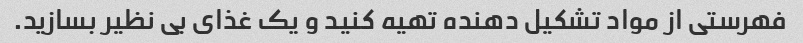
فهرستی از مواد تشکیل دهنده تهیه کنید و یک غذای بی نظیر بسازید.